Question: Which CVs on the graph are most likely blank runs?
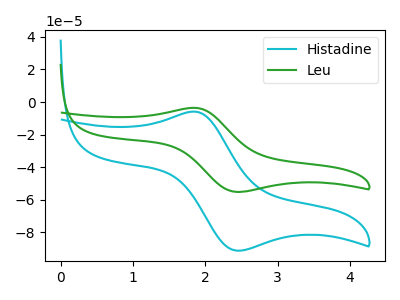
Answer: <think>The cyan curve "Histadine" has an anodic peak at (1.85V, -5.90uA) and a cathodic peak at (2.45V, -91.15uA). The green curve "Leu" has an anodic peak at (1.85V, -3.55uA) and a cathodic peak at (2.45V, -55.10uA).</think>
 <answer>There are not any CV's on this graph that are likely to be blanks.</answer>
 <eval>none</eval>